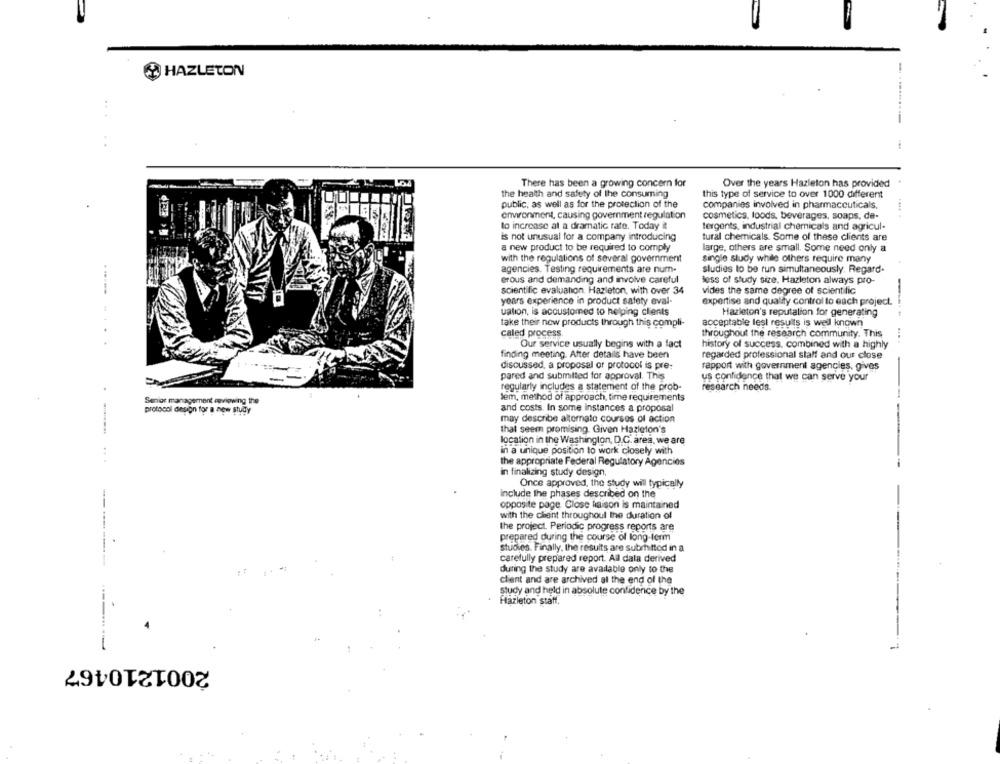
HAZLETON
There has been a growing concern for
Over the years Hazleton has provided
the health and safety of the consuming
this type of service to over 1000 different
public, as well as for the protection of the
companies involved in pharmaceuticals.
environment, causing government regulation
cosmetics, loods, beverages, soaps, de-
to increase al a dramatic rate. Today it
tergents, industrial chemicals and agricul-
is not unusual for a company introducing
tural chemicals. Some of these clients are
a new product to be required to comply
large, others are small. Some need only a
with the regulations of several government
single study while others require many
agencies. Testing requirements are num-
studies lo be run simultaneously. Regard-
erous and demanding and involve careful
less of study size, Hazleton always pro-
scientific evaluation. Hazleton, with over 34
vides the same degree of scientific
years experience in product safety eval-
expertise and quality control to each project.
uation, is accustomed to helping clients
Hazleton's reputation for generating
acceptable lesi results is well known
take their now products through this compli-
..
caled process
throughout the research community. This
Our service usually begins with a fact
history of success, combined with a highly
finding meeting. After details have been
regarded professional staff and our close
discussed, a proposal or protocol is pre-
rapport with government agencies, gives
-
pared and submitted for approval. This
us confidence that we can serve your
regularly includes a statement of the prob-
research needs.
lem, method of approach, time requirements
Senior management enviowing the
protocol desion for a new study
and costs. In some Instances a proposal
may describe alternato courses of action
that seem promising. Given Hazleton's
location in the Washington, D.C. area, we are
in a unique position to work closely with
the appropriate Federal Regulatory Agencies
-
in finalizing study design,
Once approved, the study will typically
include the phases described on the
opposite page. Close haison is maintained
with the chant throughout the duration of
the project. Periodic progress reports are
prepared during the course of long-term
studies. Finally, the results are submitted in a
carefully prepared report. All dala derived
during the study are available only to the
client and are archived al the end of the
study and held in absolute confidence by the
Hazleton staff.
2001210467